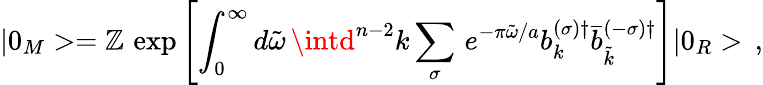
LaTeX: |0_{M}>=\mathbb{Z}\, \exp\left[{\int_{0}^{\infty}d\tilde{{\omega}}\, \intd^{n-2}k\sum_{\sigma}\, e^{-\pi\tilde{{\omega}}/a}b_{k}^{(\sigma)\dagger}\bar{{b}}_{\tilde{{k}}}^{(-\sigma)\dagger}}\right]|0_{R}>\, {,}